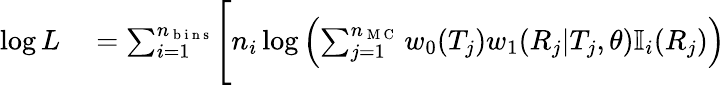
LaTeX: \begin{array}{rl}{\log L}&{{}=\sum_{i=1}^{n_{\mathrm{~b~i~n~s~}}}\Biggl[n_{i}\log\left(\sum_{j=1}^{n_{\mathrm{~M~C~}}}w_{0}(T_{j})w_{1}(R_{j}|T_{j},\theta)\mathbb{I}_{i}(R_{j})\right)}\end{array}